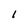
Character: I